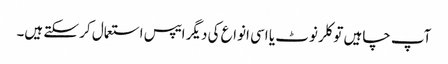
آپ چاہیں تو کلر نوٹ یا اسی انواع کی دیگر ایپس استعمال کر سکتے ہیں۔